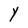
Character: Y